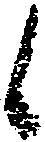
候